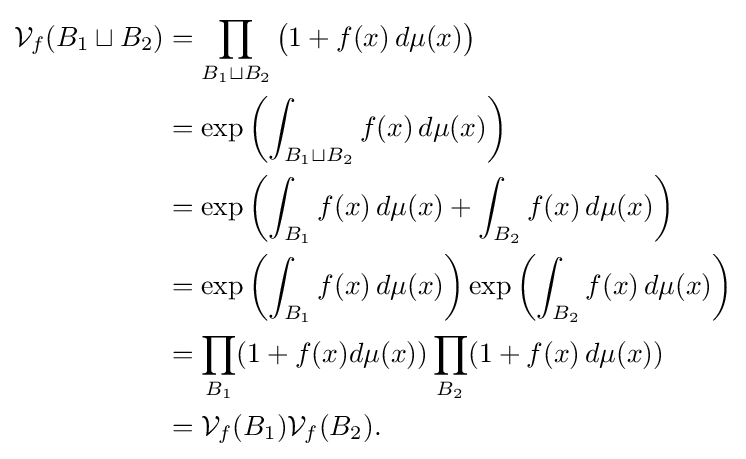
{\begin{aligned}{\cal {V}}_{f}(B_{1}\sqcup B_{2})&=\prod _{B_{1}\sqcup B_{2}}{\big (}1+f(x)\,d\mu (x){\big )}\\&=\exp \left(\int _{B_{1}\sqcup B_{2}}f(x)\,d\mu (x)\right)\\&=\exp \left(\int _{B_{1}}f(x)\,d\mu (x)+\int _{B_{2}}f(x)\,d\mu (x)\right)\\&=\exp \left(\int _{B_{1}}f(x)\,d\mu (x)\right)\exp \left(\int _{B_{2}}f(x)\,d\mu (x)\right)\\&=\prod _{B_{1}}(1+f(x)d\mu (x))\prod _{B_{2}}(1+f(x)\,d\mu (x))\\&={\cal {V}}_{f}(B_{1}){\cal {V}}_{f}(B_{2}).\end{aligned}}